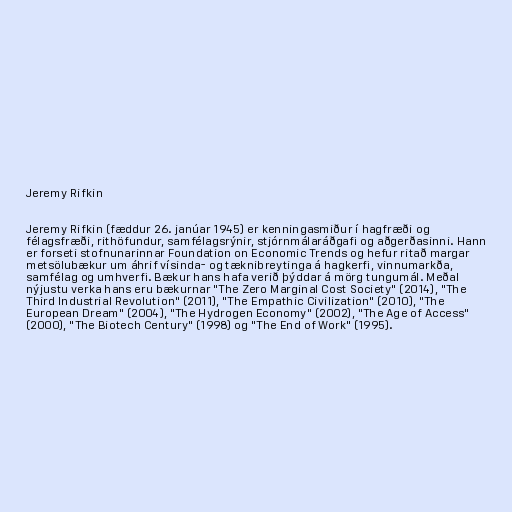
Jeremy Rifkin

Jeremy Rifkin (fæddur 26. janúar 1945) er kenningasmiður í hagfræði og
félagsfræði, rithöfundur, samfélagsrýnir, stjórnmálaráðgafi og aðgerðasinni. Hann
er forseti stofnunarinnar Foundation on Economic Trends og hefur ritað margar
metsölubækur um áhrif vísinda- og tæknibreytinga á hagkerfi, vinnumarkða,
samfélag og umhverfi. Bækur hans hafa verið þýddar á mörg tungumál. Meðal
nýjustu verka hans eru bækurnar "The Zero Marginal Cost Society" (2014), "The
Third Industrial Revolution" (2011), "The Empathic Civilization" (2010), "The
European Dream" (2004), "The Hydrogen Economy" (2002), "The Age of Access"
(2000), "The Biotech Century" (1998) og "The End of Work" (1995).